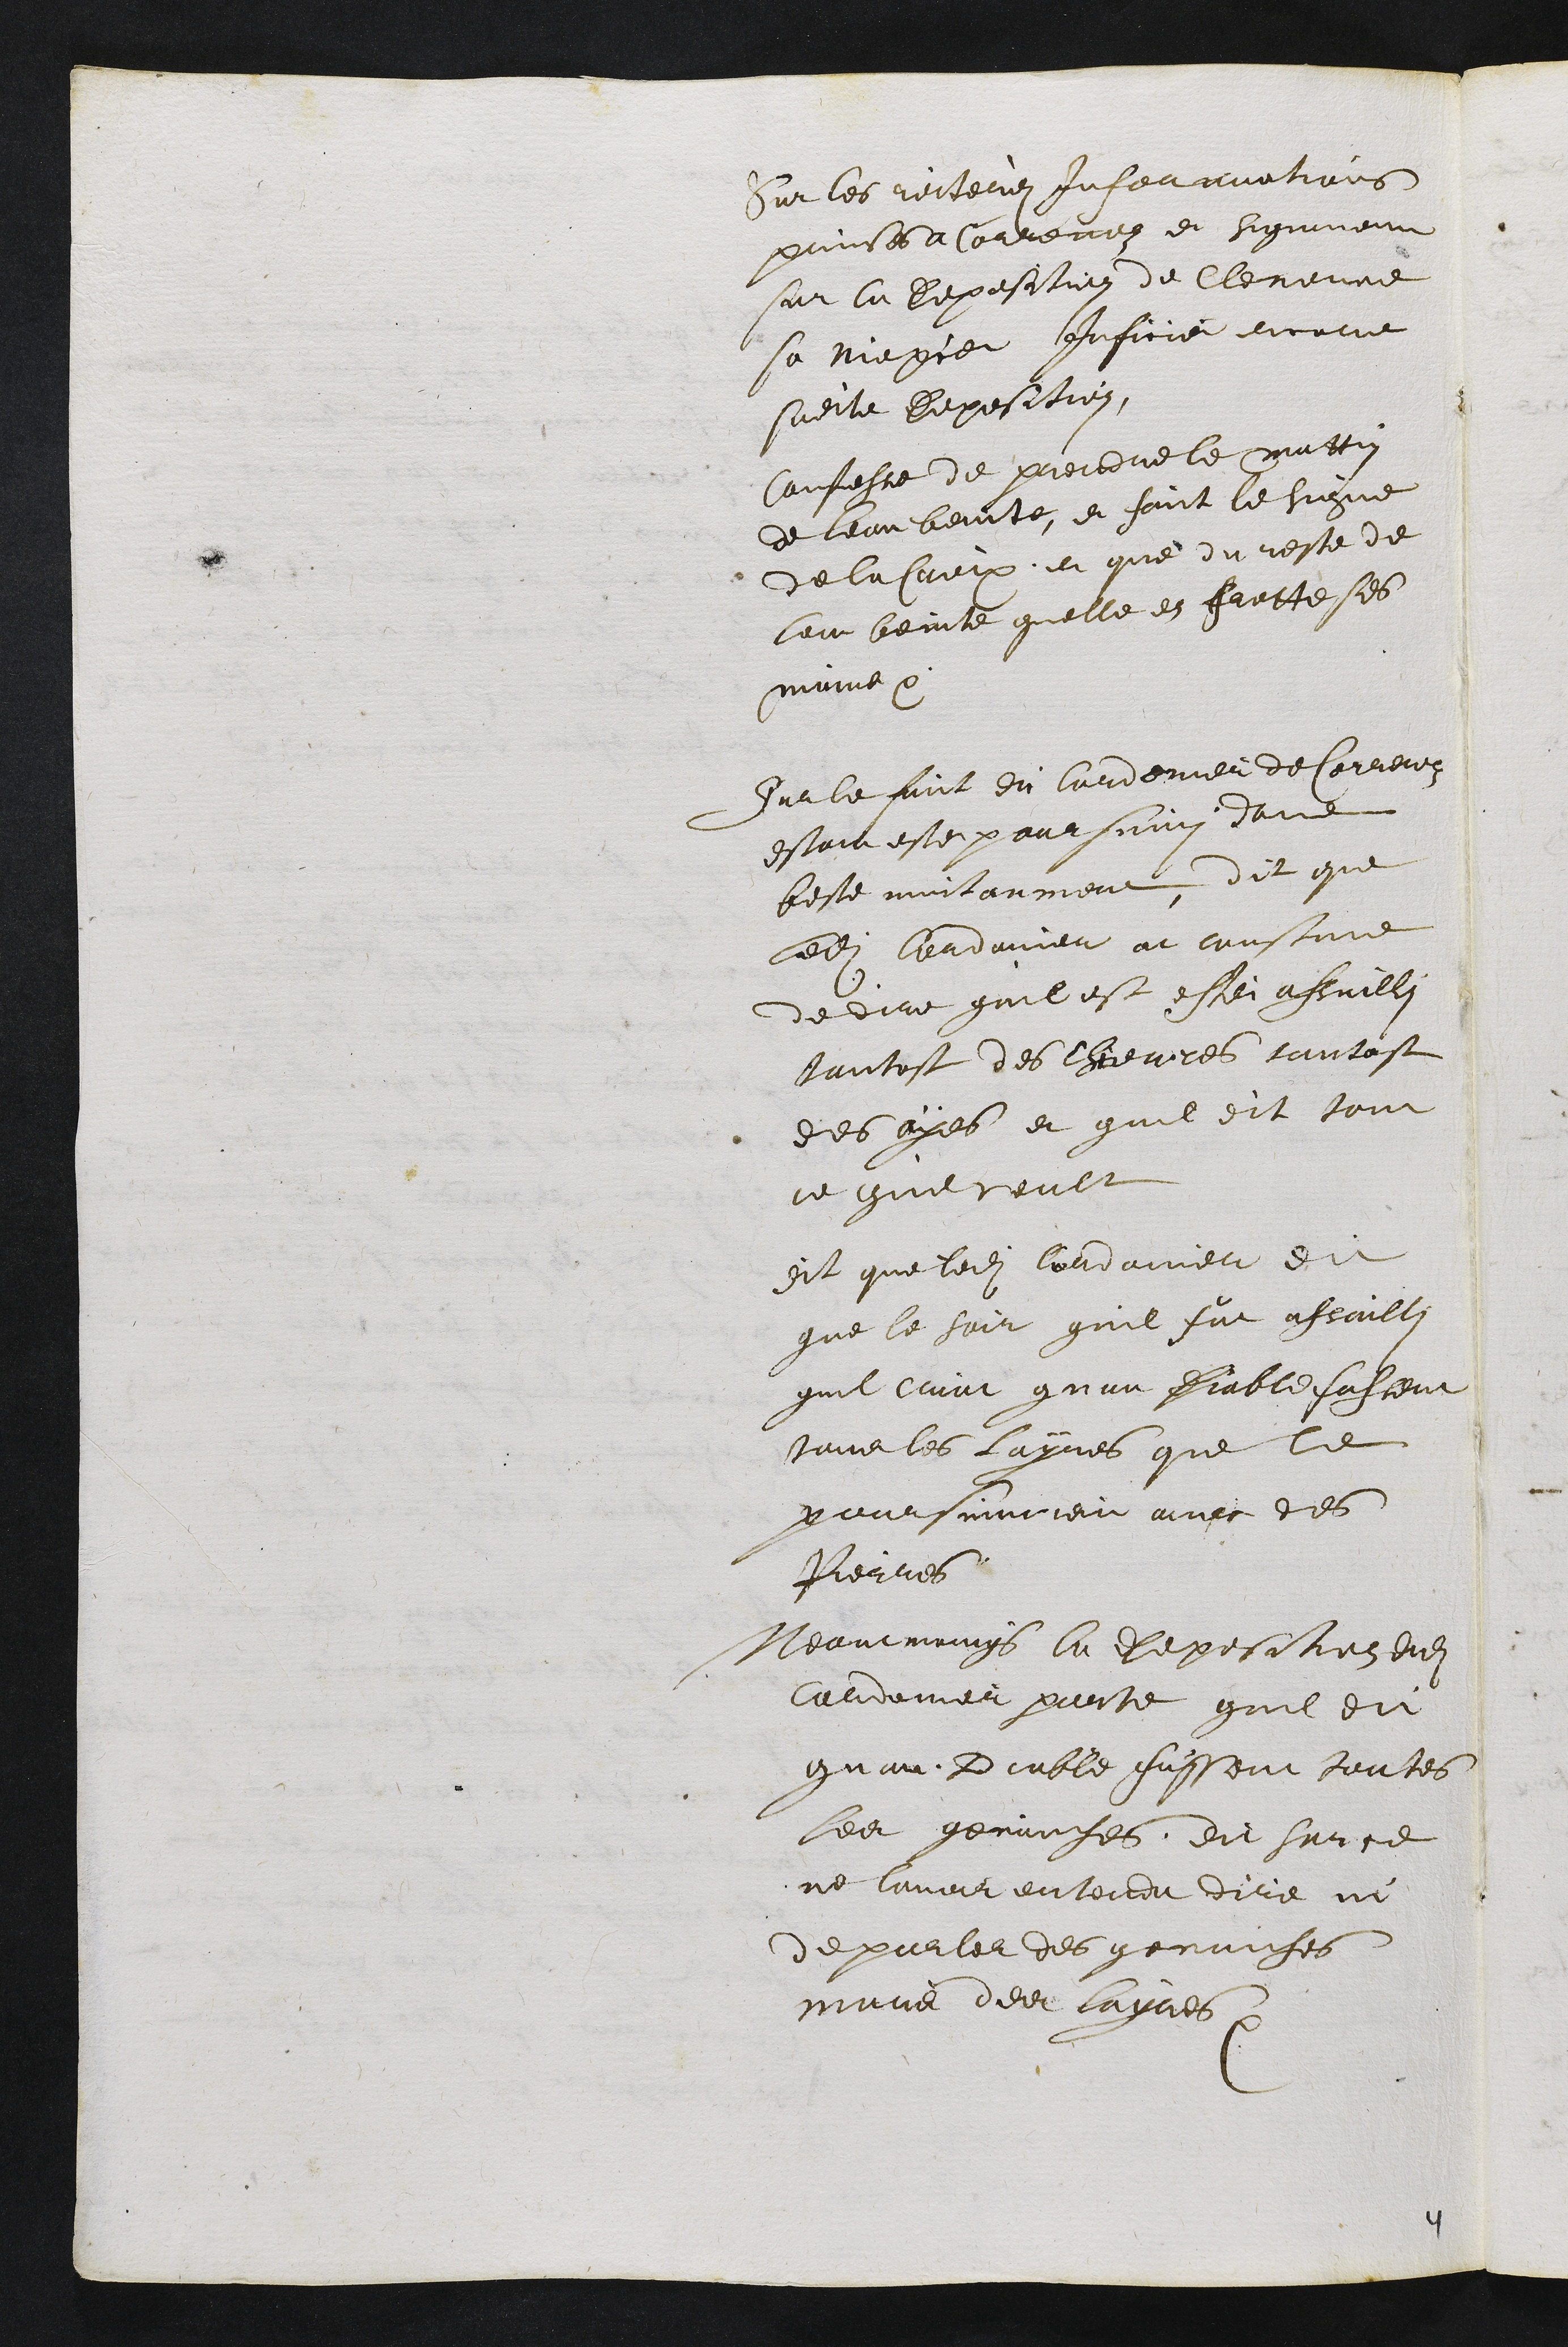
Sur les reiterez Informations
prinses a Correnoz et signament
sur la Deposition de Clemence
sa niepce Inficie encore
sadite deposition.
Confesse de prendre le mattin
de leau benite, et faict le Signe
de la Croix, et que du reste de
leau benite quelle en frotte ses
mains.
Sur le faict du Cordonier de Correnoz
estant este poursuivi dune
beste nuitanment, dit que
ledit Cordonier at coustume
de dire quil est estei assailli
tantost des chievres tantost
des oyes et quil dit tout
ce quil veult
dit que ledit Cordonier dit
que le soir quil fut assailli
quil criat quau Diable fussent
tous les layres que le
poursuivoient avec des
Pierres
Neantmoings la deposition dudit
Cordonier porte quil dit
quau Diable fussent toutes
les genauches dit sur ce
ne lavoir entendu dire ni
de parler des genauches.
mais des layres.
4